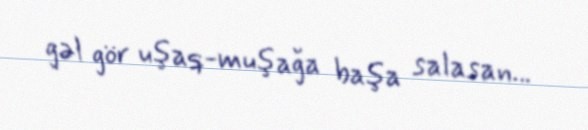
gəl gör uşaq-muşağa başa salasan...